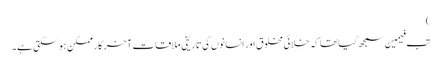
)
تب فیمین سمجھ گیا تھا کہ خلائی مخلوق اور انسانوں کی تاریخی ملاقات آخر کار ممکن ہو سکتی ہے۔